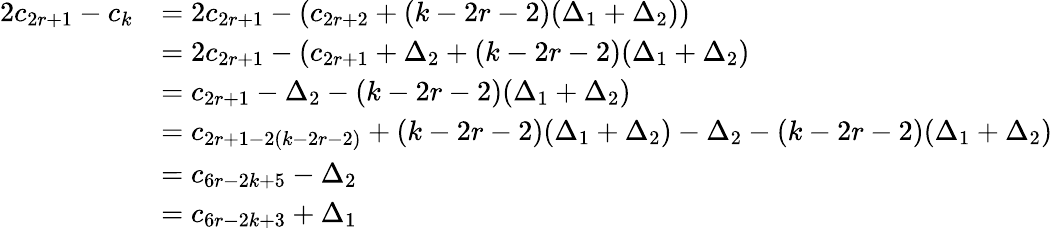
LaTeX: \begin{array}{rl}{2c_{2r+1}-c_{k}}&{=2c_{2r+1}-(c_{2r+2}+(k-2r-2)(\Delta_{1}+\Delta_{2}))}\\ &{=2c_{2r+1}-(c_{2r+1}+\Delta_{2}+(k-2r-2)(\Delta_{1}+\Delta_{2})}\\ &{=c_{2r+1}-\Delta_{2}-(k-2r-2)(\Delta_{1}+\Delta_{2})}\\ &{=c_{2r+1-2(k-2r-2)}+(k-2r-2)(\Delta_{1}+\Delta_{2})-\Delta_{2}-(k-2r-2)(\Delta_{1}+\Delta_{2})}\\ &{=c_{6r-2k+5}-\Delta_{2}}\\ &{=c_{6r-2k+3}+\Delta_{1}}\end{array}